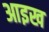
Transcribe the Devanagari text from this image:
आइख